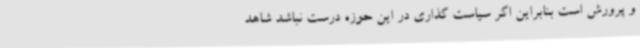
و پرورش است بنابراین اگر سیاست گذاری در این حوزه درست نباشد شاهد